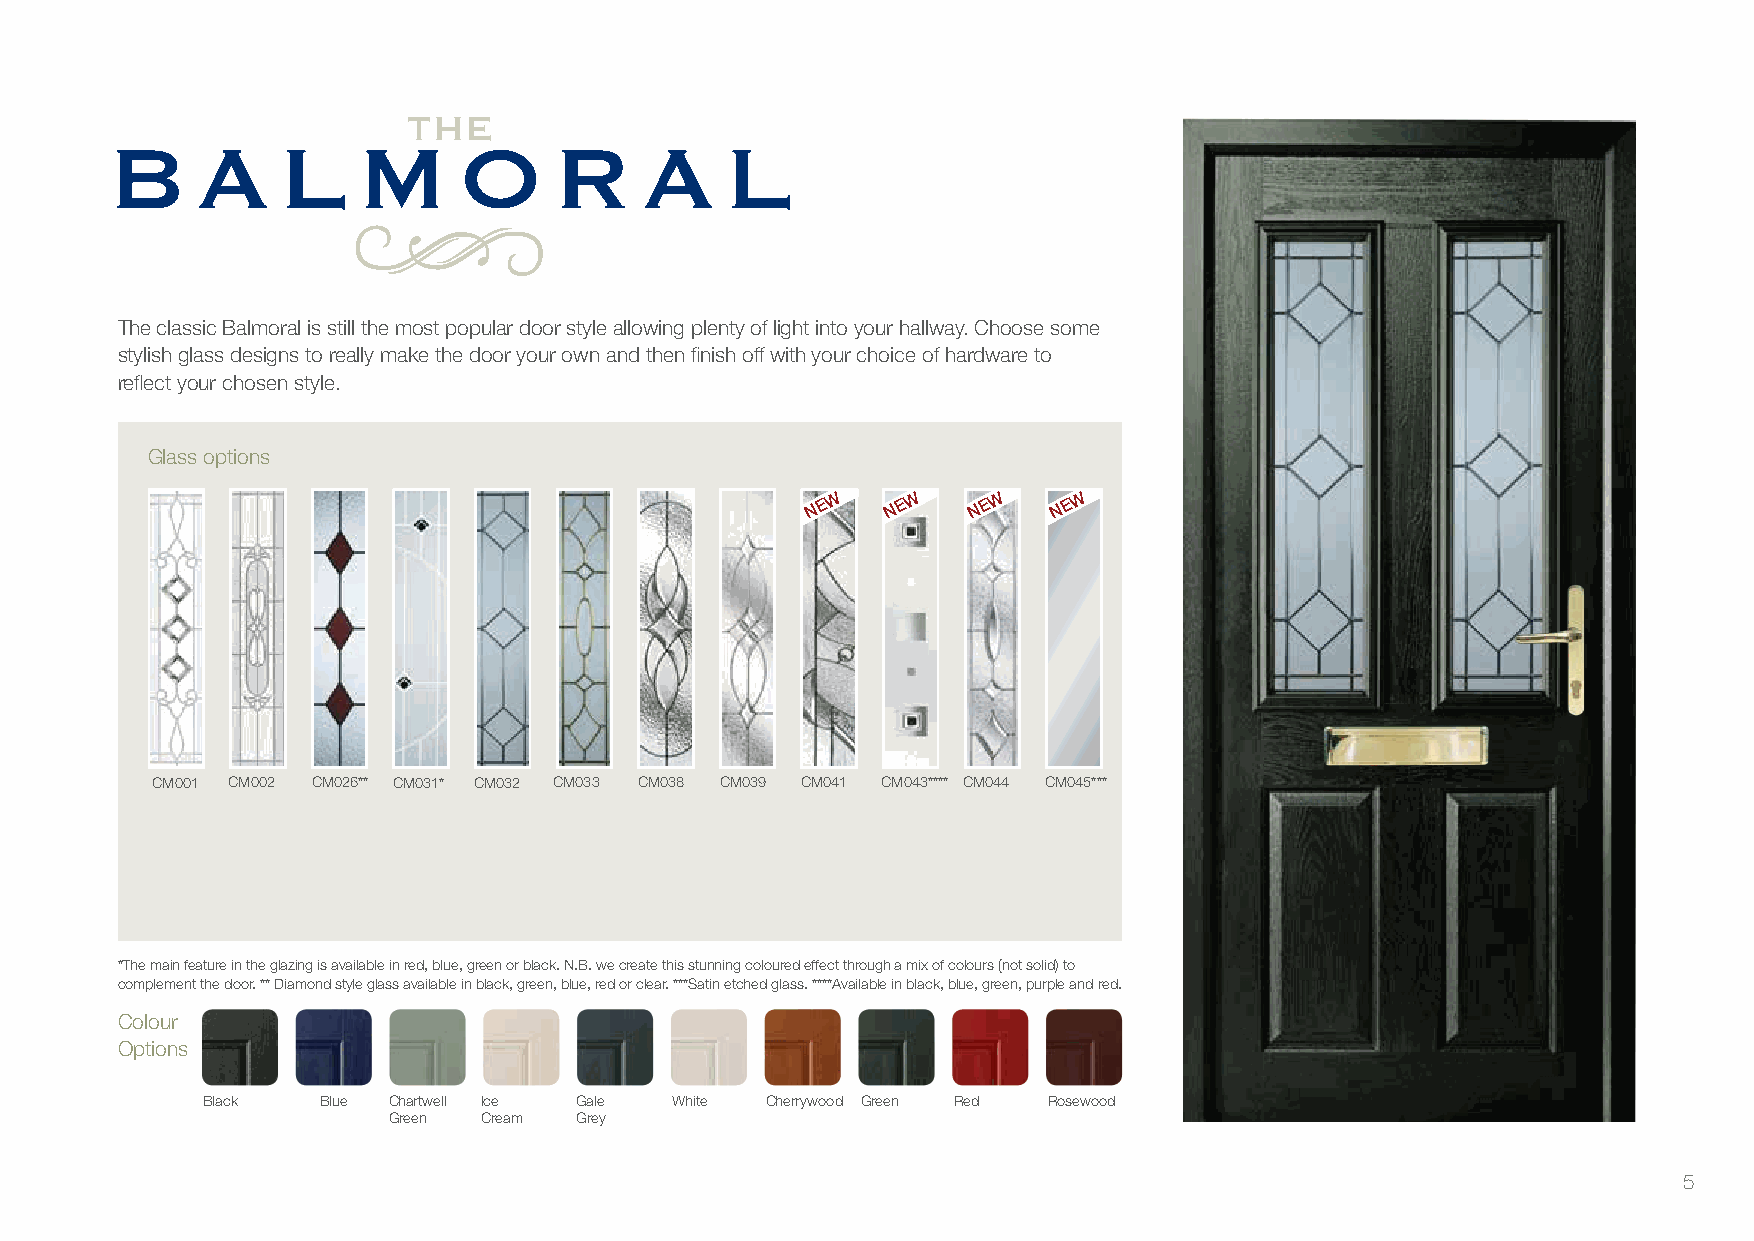
THE
 B     a     l    m     o      r     a    l
 The classic Balmoral is still the most popular door style allowing plenty of light into your hallway. Choose some
 stylish glass designs to really make the door your own and then finish off with your choice of hardware to
 reflect your chosen style.
 Glass options
 W    W     W    W
 N E  N E  N E   N E
 CM001 CM002 CM026** CM031* CM032 CM033 CM038 CM039 CM041 CM043**** CM044 CM045***
 *The main feature in the glazing is available in red, blue, green or black. N.B. we create this stunning coloured effect through a mix of colours (not solid) to
 complement the door. ** Diamond style glass available in black, green, blue, red or clear. ***Satin etched glass. ****Available in black, blue, green, purple and red.
 Colour
 Options
 Black   Blue Chartwell Ice Gale White Cherrywood Green Red Rosewood
 Green Cream Grey
 5